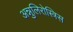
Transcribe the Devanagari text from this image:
अन्नुलिरोस्त्रिस